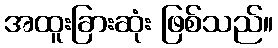
အထူးခြားဆုံး ဖြစ်သည်။